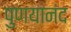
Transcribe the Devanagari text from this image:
पुणयानंद